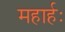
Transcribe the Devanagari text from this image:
महार्हः